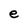
Character: e